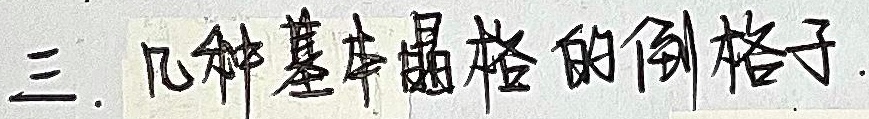
三. 几种基本晶格的倒格子。